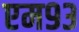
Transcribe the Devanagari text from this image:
एम९३